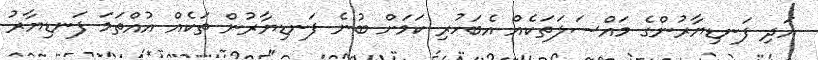
އަދި ފަނޑިޔާރުންގެ މައްސަލަތަކެއް އެބަހުރި ކަމަށް ބުނެ ފަނޑިޔާރުން ތަކެއް އުއްތަމަ ފަނޑިޔާރު